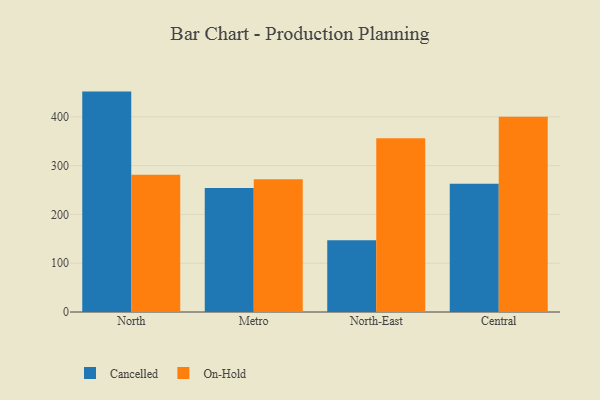
{"axis": {"x": "Region", "y": "Latency (ms)"}, "legend": ["Cancelled", "On-Hold"], "data": [{"x": "North", "y": 451.7, "type": "Cancelled"}, {"x": "North", "y": 281.1, "type": "On-Hold"}, {"x": "Metro", "y": 254.3, "type": "Cancelled"}, {"x": "Metro", "y": 272.1, "type": "On-Hold"}, {"x": "North-East", "y": 146.8, "type": "Cancelled"}, {"x": "North-East", "y": 355.9, "type": "On-Hold"}, {"x": "Central", "y": 263.0, "type": "Cancelled"}, {"x": "Central", "y": 400.1, "type": "On-Hold"}]}